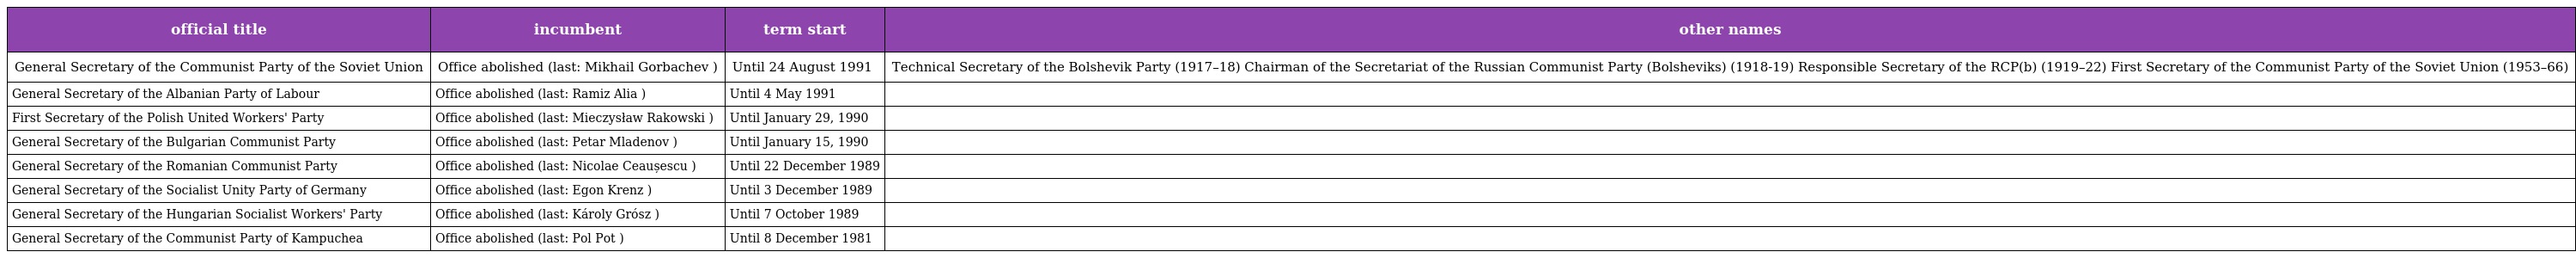
| official title | incumbent | term start | other names |
 | --- | --- | --- | --- |
 | General Secretary of the Communist Party of the Soviet Union | Office abolished (last: Mikhail Gorbachev ) | Until 24 August 1991 | Technical Secretary of the Bolshevik Party (1917–18) Chairman of the Secretariat of the Russian Communist Party (Bolsheviks) (1918-19) Responsible Secretary of the RCP(b) (1919–22) First Secretary of the Communist Party of the Soviet Union (1953–66) |
 | General Secretary of the Albanian Party of Labour | Office abolished (last: Ramiz Alia ) | Until 4 May 1991 |  |
 | First Secretary of the Polish United Workers' Party | Office abolished (last: Mieczysław Rakowski ) | Until January 29, 1990 |  |
 | General Secretary of the Bulgarian Communist Party | Office abolished (last: Petar Mladenov ) | Until January 15, 1990 |  |
 | General Secretary of the Romanian Communist Party | Office abolished (last: Nicolae Ceaușescu ) | Until 22 December 1989 |  |
 | General Secretary of the Socialist Unity Party of Germany | Office abolished (last: Egon Krenz ) | Until 3 December 1989 |  |
 | General Secretary of the Hungarian Socialist Workers' Party | Office abolished (last: Károly Grósz ) | Until 7 October 1989 |  |
 | General Secretary of the Communist Party of Kampuchea | Office abolished (last: Pol Pot ) | Until 8 December 1981 |  |